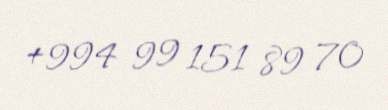
+994 99 151 89 70